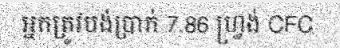
អ្នកត្រូវបង់ប្រាក់ 7.86 ហ្វ្រង់ CFC